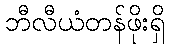
ဘီလီယံတန်ဖိုးရှိ